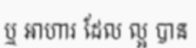
ឬ អាហារ ដែល ល្អ បាន